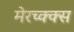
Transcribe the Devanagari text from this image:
मेरच्क्क्स